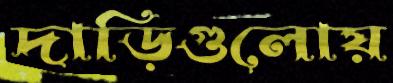
দাড়িগুলোয়